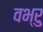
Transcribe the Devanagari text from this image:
वभ्रु